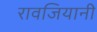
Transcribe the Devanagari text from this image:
रावजियानी